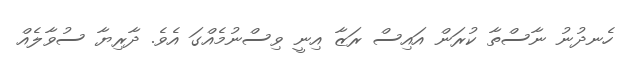
ހެނދުނު ނާސްތާ ކުރަން އައިސް ރަޒާ އިނީ ވިސްނުމެއްގަ އެވެ. ދާރިޔާ ސުވާލެއް